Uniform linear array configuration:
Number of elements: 8
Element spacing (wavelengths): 0.5
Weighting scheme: hann
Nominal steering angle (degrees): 30
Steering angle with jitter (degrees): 30.095
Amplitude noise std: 0.05
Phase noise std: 0.05

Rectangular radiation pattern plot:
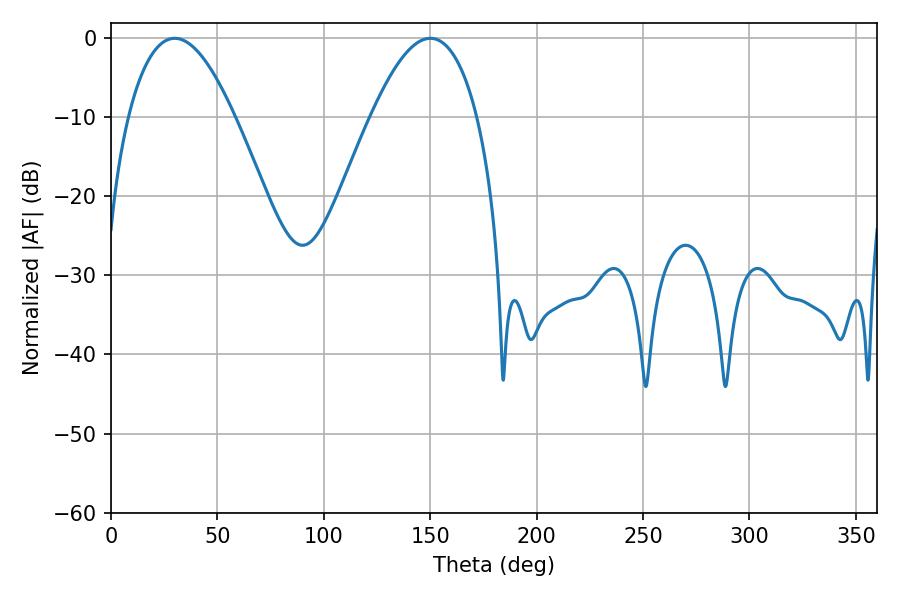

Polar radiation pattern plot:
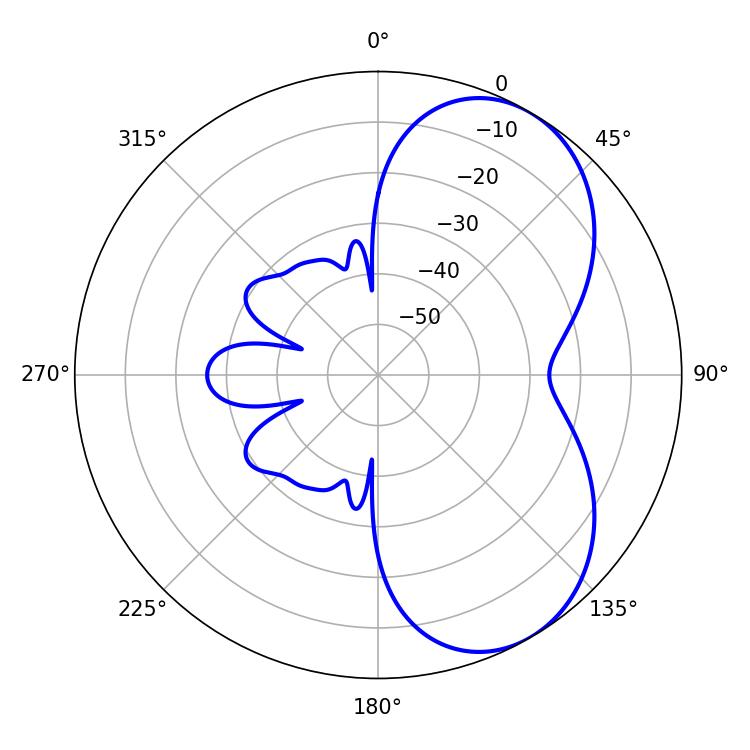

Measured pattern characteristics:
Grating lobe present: FALSE
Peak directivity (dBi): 5.73
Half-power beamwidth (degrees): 27.54
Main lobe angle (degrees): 29.88